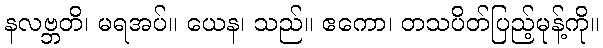
နလဗ္ဘတိ၊ မရအပ်။ ယေန၊ သည်။ ဧကော၊ တသပိတ်ပြည့်မုန့်ကို။